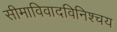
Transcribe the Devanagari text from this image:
सीमाविवादविनिश्चय